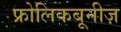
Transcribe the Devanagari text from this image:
फ्रोलिकबूनीज़